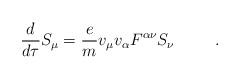
LaTeX: \begin{align*}\frac{d}{d\tau}S_{\mu} =\frac{e}{m}v_{\mu}v_{\alpha}F^{\alpha\nu}S_{\nu}\hspace{.4in}.\end{align*}